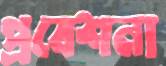
প্রবেশনা